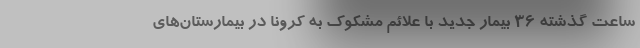
ساعت گذشته ۳۶ بیمار جدید با علائم مشکوک به کرونا در بیمارستان‌های